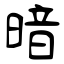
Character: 暗